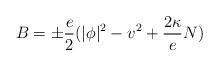
LaTeX: \begin{align*}B=\pm \frac e2(|\phi |^2-v^2+\frac{2\kappa }eN)\end{align*}